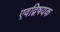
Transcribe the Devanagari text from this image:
एवद्विषयक